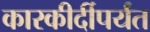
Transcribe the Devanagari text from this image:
कारकीर्दीपर्यंत